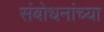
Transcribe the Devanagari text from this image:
संबोधनांच्या